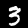
Digit: 3